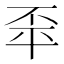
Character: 𢆓